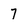
Character: 7